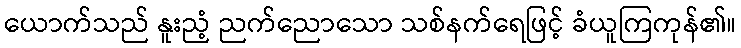
ယောက်သည် နူးညံ့ ညက်ညောသော သစ်နက်ရေဖြင့် ခံယူကြကုန်၏။